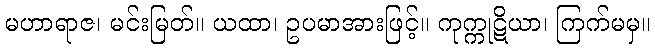
မဟာရာဇ၊ မင်းမြတ်။ ယထာ၊ ဥပမာအားဖြင့်။ ကုက္ကုဋိယာ၊ ကြက်မမှ။